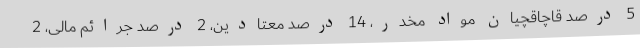
5 درصد قاچاقچیان مواد مخدر، 14 درصد معتادین، 2 درصد جرائم مالی، 2